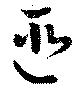
匪